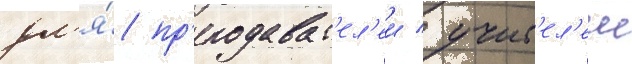
дл'я́ пр'еподават'ел'еи / учит'ел'еи